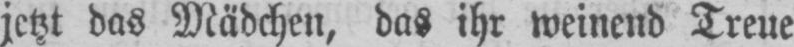
jetzt das Mädchen, das ihr weinend Treue